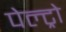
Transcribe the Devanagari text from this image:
पेल्ट्रो